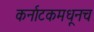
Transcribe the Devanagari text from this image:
कर्नाटकमधूनच